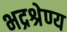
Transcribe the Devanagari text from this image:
भद्रश्रेण्य